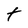
Character: t